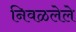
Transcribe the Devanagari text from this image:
निवळलेले